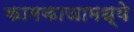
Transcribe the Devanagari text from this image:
कामकाजामध्ये